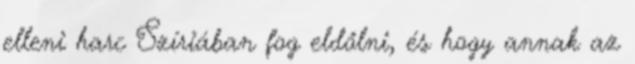
elleni harc Szíriában fog eldőlni, és hogy annak az